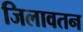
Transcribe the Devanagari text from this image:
जिलावतन